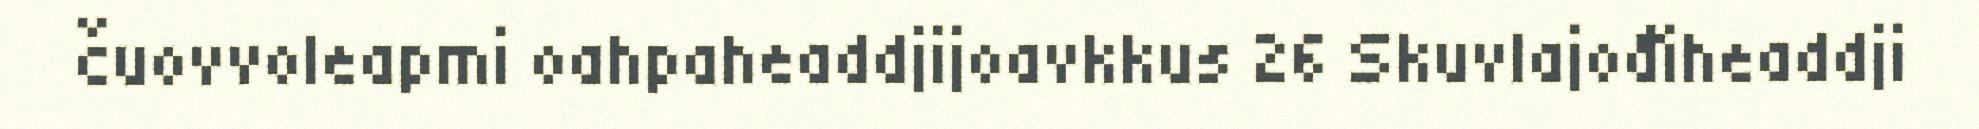
čuovvoleapmi oahpaheaddjijoavkkus 26 Skuvlajođiheaddji